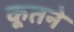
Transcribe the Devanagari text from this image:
कूतने